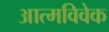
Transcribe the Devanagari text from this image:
आत्मविवेक